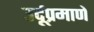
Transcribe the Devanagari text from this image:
उर्दूप्रमाणे